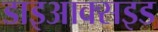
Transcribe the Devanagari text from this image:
डाइआक्सइड